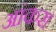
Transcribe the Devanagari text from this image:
आंकरा